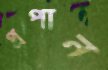
প্রপান